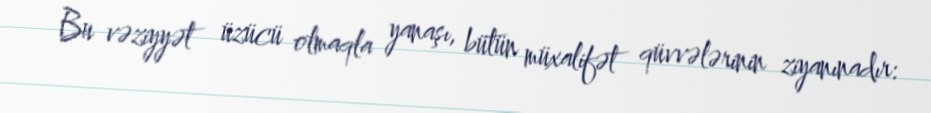
Bu vəziyyət üzücü olmaqla yanaşı, bütün müxalifət qüvvələrinin ziyanınadır: